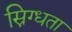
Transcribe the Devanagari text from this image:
स्निग्‍धता